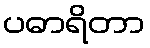
ပဓာရိတာ